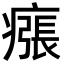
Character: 瘬